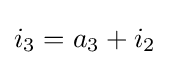
i_{3}=a_{3}+i_{2}